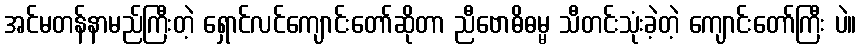
အင်မတန်နာမည်ကြီးတဲ့ ရှောင်လင်ကျောင်းတော်ဆိုတာ ညီဗောဓိဓမ္မ သီတင်းသုံးခဲ့တဲ့ ကျောင်းတော်ကြီး ပဲ။